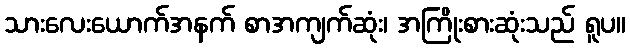
သားလေးယောက်အနက် စာအကျက်ဆုံး၊ အကြိုးစားဆုံးသည် ရူပ။